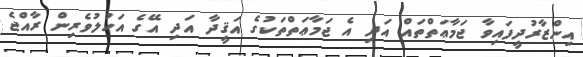
އިންޒާރުދީފައިވާ ޖަމާޢަތްތައް އަދި އެ ޖަމާޢަތްތަކުގެ އަޤީދާ އަދި އޭގެ އަހުލުވެރިން ރާއްޖެ